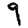
Digit: 9